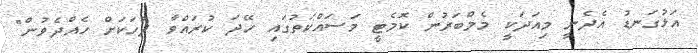
އަޅުގަނޑު އެދެނީ މިއަދަކީ މެމްބަރުން ކޮމެޓީ މަސައްކަތުގައި ހޭދަ ކުރައްވާ ދުހަކަށް ހެއްދެވުން"